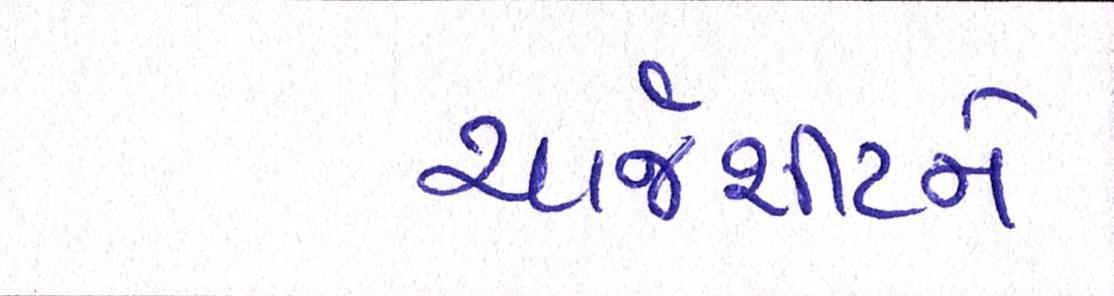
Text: ચાર્જશીટને